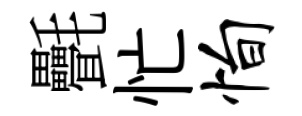
㲲忙恂